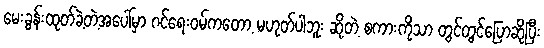
မေးခွန်းထုတ်ခဲ့တဲ့အပေါ်မှာ ဂင်ရေးဝမ်ကတော့ မဟုတ်ပါဘူး ဆိုတဲ့ စကားကိုသာ တွင်တွင်ပြောဆိုပြီး